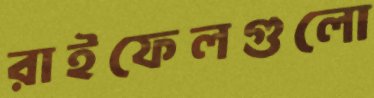
রাইফেলগুলো